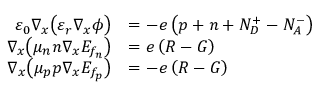
\begin{array} { r } { \begin{array} { r l } { \varepsilon _ { 0 } \nabla _ { x } \big ( \varepsilon _ { r } \nabla _ { x } { \phi } \big ) } & { = - e \left( p + n + N _ { D } ^ { + } - N _ { A } ^ { - } \right) } \\ { \nabla _ { x } \big ( \mu _ { n } n \nabla _ { x } E _ { f _ { n } } \big ) } & { = e \left( R - G \right) } \\ { \nabla _ { x } \big ( \mu _ { p } p \nabla _ { x } E _ { f _ { p } } \big ) } & { = - e \left( R - G \right) } \end{array} } \end{array}